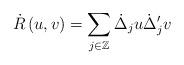
LaTeX: \begin{align*}\dot{R}\left( u,v\right) =\sum_{j\in\mathbb{Z}}\dot{\Delta}_{j}u\dot{\Delta}_{j}^{\prime}v \end{align*}